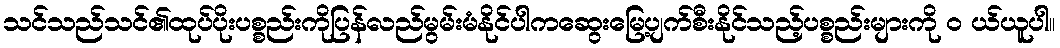
သင်သည်သင်၏ထုပ်ပိုးပစ္စည်းကိုပြန်လည်မွမ်းမံနိုင်ပါကဆွေးမြေ့ပျက်စီးနိုင်သည့်ပစ္စည်းများကို ၀ ယ်ယူပါ။